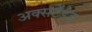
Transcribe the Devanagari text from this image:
अक्सटेंडेड